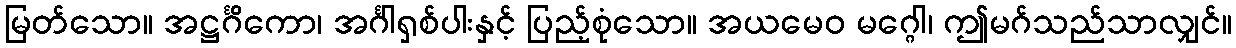
မြတ်သော။ အဋ္ဌင်္ဂိကော၊ အင်္ဂါရှစ်ပါးနှင့် ပြည့်စုံသော။ အယမေဝ မဂ္ဂေါ၊ ဤမဂ်သည်သာလျှင်။